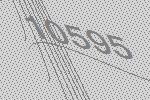
10595